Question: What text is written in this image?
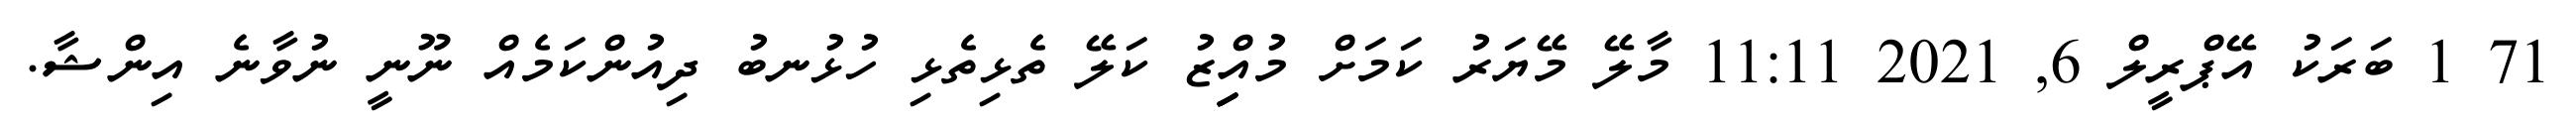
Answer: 71 1 ބަރަކު އޭޕްރީލް 6, 2021 11:11 މާލޭ މޭޔަރު ކަމަށް މުއިިިިިްޒު ކަލޭ ތެޅިތެޅި ހުޅުނބު ދިއުންކަމެއް ނޫނީ ނުވާނެ އިންޝާ.